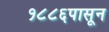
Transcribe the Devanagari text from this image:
१८८६पासून